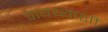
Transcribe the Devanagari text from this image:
पायथ्याशीं